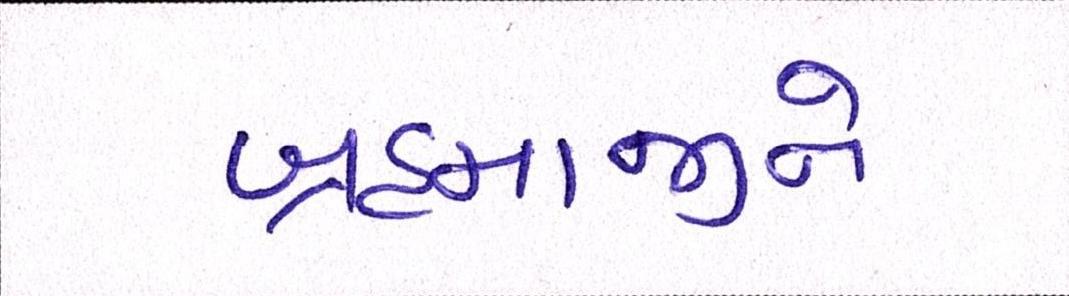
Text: બ્રહ્માજીને